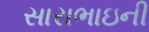
સારાભાઇની